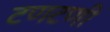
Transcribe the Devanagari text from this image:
टणटणी